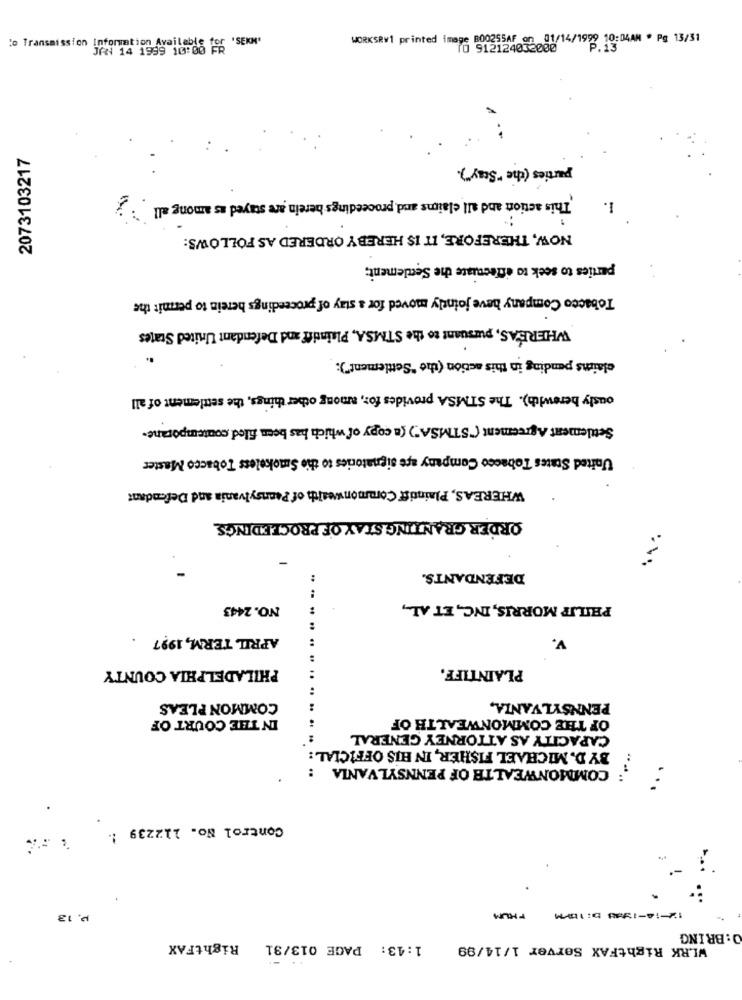
WORKSRY1 printed image B00255AF on 01/14/1999 10:04AM * Pg 13/31
'o Transmission Information Available for 'SEKM'
JAN 14 1999 10:00
10 912124032000
P.13
2073103217
parties (the "Stay").
1.
This action and all claims and proceedings herein are stayed as among all
NOW, THEREFORE, IT IS HEREBY ORDERED AS FOLLOWS:
parties to seek to effectuate the Settlement;
Tobacco Company have jointly moved for a stay of proceedings herein to permit the
WHEREAS, pursuant to the STMSA, Plaintiff and Defendant United States
claims pending in this action (the "Settlement"):
ously berewith). The STMSA provides for, among other things, the settlement of all
Settlement Agreement ("STMSA") (a copy of which has been filed contemporane.
United States Tobacco Company are signatories to the Smokeless Tobacco Master
WHEREAS, Plaintiff Commonwealth of Pennsylvania and Defendant
ORDER GRANTING STAY OF PROCEEDINGS
DEFENDANTS.
NO.2443
:
PHILIP MORRIS, INC, ET AL .,
.
APRIL TERM, 1997
v.
PHILADELPHIA COUNTY
PLAINTIFF.
COMMON PLEAS
PENNSYLVANIA,
IN THE COURT OF
OF THE COMMONWEALTH OF
CAPACITY AS ATTORNEY GENERAL
BY D. MICHAEL FISHER, IN HIS OFFICIAL:
COMMONWEALTH OF PENNSYLVANIA :
:
.....
Control No. 112239 !.
p. 13
PHUM
1214-1988 5:15PM
O: BRING
RightFAX
1:43: PAGE 013/31
WLRK RightFAX Server 1/14/99
.. -